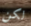
لكن